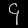
Digit: ၄